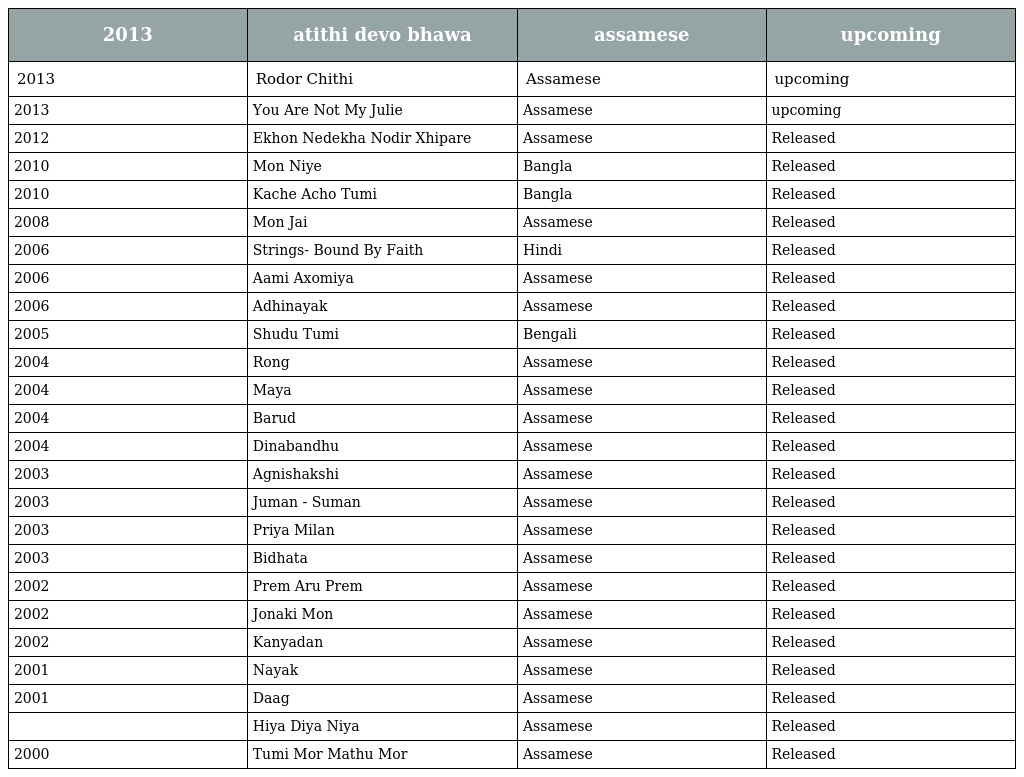
| 2013 | atithi devo bhawa | assamese | upcoming |
 | --- | --- | --- | --- |
 | 2013 | Rodor Chithi | Assamese | upcoming |
 | 2013 | You Are Not My Julie | Assamese | upcoming |
 | 2012 | Ekhon Nedekha Nodir Xhipare | Assamese | Released |
 | 2010 | Mon Niye | Bangla | Released |
 | 2010 | Kache Acho Tumi | Bangla | Released |
 | 2008 | Mon Jai | Assamese | Released |
 | 2006 | Strings- Bound By Faith | Hindi | Released |
 | 2006 | Aami Axomiya | Assamese | Released |
 | 2006 | Adhinayak | Assamese | Released |
 | 2005 | Shudu Tumi | Bengali | Released |
 | 2004 | Rong | Assamese | Released |
 | 2004 | Maya | Assamese | Released |
 | 2004 | Barud | Assamese | Released |
 | 2004 | Dinabandhu | Assamese | Released |
 | 2003 | Agnishakshi | Assamese | Released |
 | 2003 | Juman - Suman | Assamese | Released |
 | 2003 | Priya Milan | Assamese | Released |
 | 2003 | Bidhata | Assamese | Released |
 | 2002 | Prem Aru Prem | Assamese | Released |
 | 2002 | Jonaki Mon | Assamese | Released |
 | 2002 | Kanyadan | Assamese | Released |
 | 2001 | Nayak | Assamese | Released |
 | 2001 | Daag | Assamese | Released |
 |  | Hiya Diya Niya | Assamese | Released |
 | 2000 | Tumi Mor Mathu Mor | Assamese | Released |